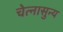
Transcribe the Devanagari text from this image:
चेत्नासुन्य